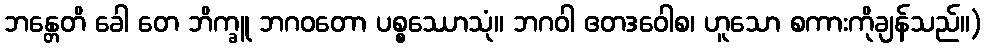
ဘန္တေတိ ခေါ တေ ဘိက္ခူ ဘဂဝတော ပစ္စဿောသုံ။ ဘဂဝါ ဧတဒဝေါစ၊ ဟူသော စကားကိုချန်သည်။)